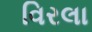
વિરલા